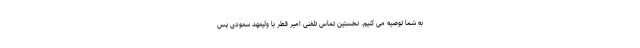
به شما توصیه می کنیم. نخستین تماس تلفنی امیر قطر با ولیعهد سعودی پس